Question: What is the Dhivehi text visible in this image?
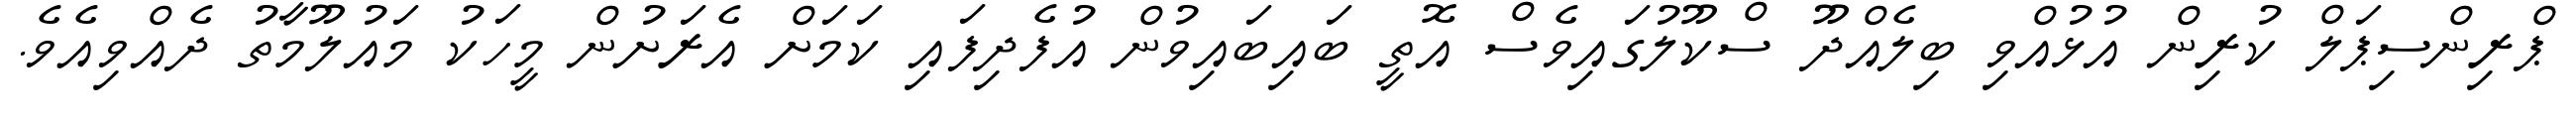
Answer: ޕްރިންސިޕަލް ކުރިން އުޅުއްވި ބިލެއްދޫ ސްކޫލުގައިވެސް އޮތީ ބައިބައިވުން އުފެދިފައި ކަމަށް އެރަށުން މީހަކު މައުލޫމާތު ދެއްވިއެވެ.